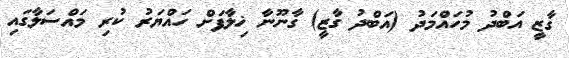
ގާޒީ އަބްދު މުހައްމަދު (އަބްދު ގާޒީ) ގާނޫނާ ޚިލާފަށް ހައްޔަރު ކުރި މައްސަލާގައި